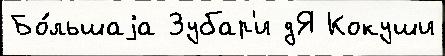
Бо́льшаjа Зубар'и дЯ Кокуши